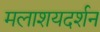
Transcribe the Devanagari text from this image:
मलाशयदर्शन